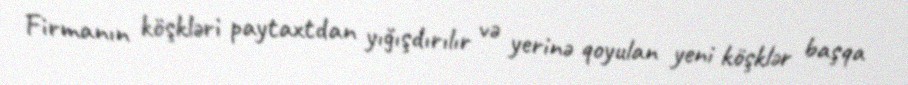
Firmanın köşkləri paytaxtdan yığışdırılır və yerinə qoyulan yeni köşklər başqa